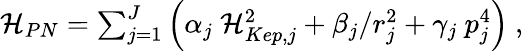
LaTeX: \begin{array}{r}{{\cal H}_{PN}=\sum_{j=1}^{J}\left(\alpha_{j}\ {\cal H}_{Kep,j}^{2}+\beta_{j}/r_{j}^{2}+\gamma_{j}\ p_{j}^{4}\right)\ ,}\end{array}